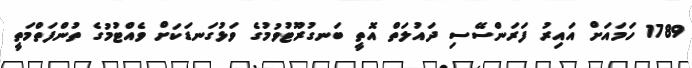
1789 ހަމައަށް އައިރު ފަރަންސޭސި ދައުލަތް އޮތީ ބަނގުރޫޓުވުމުގެ ވަޅުގަނޑަކަށް ވެއްޓުމުގެ ތުންފަތްމަތީ